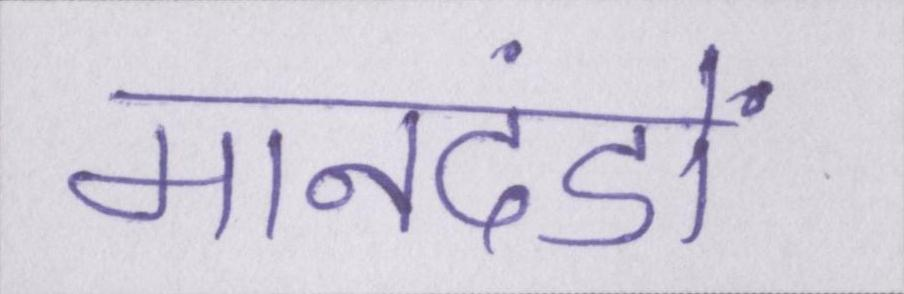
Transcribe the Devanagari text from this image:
मानदंडों